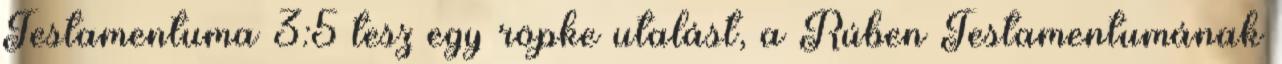
Testamentuma 3:5 tesz egy röpke utalást, a Rúben Testamentumának